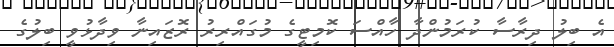
އެ ބިލު ދިރާސާ ކުރަމުންދާ ހާއްސަ ކޮމިޓީގެ މުގައްރިރު ރޮޒައިނާ ވިދާޅުވީ ބިލުގެ